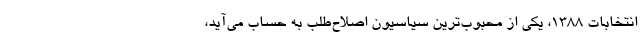
انتخابات ۱۳۸۸، یکی از محبوب‌ترین سیاسیون اصلاح‌طلب به حساب می‌آید،